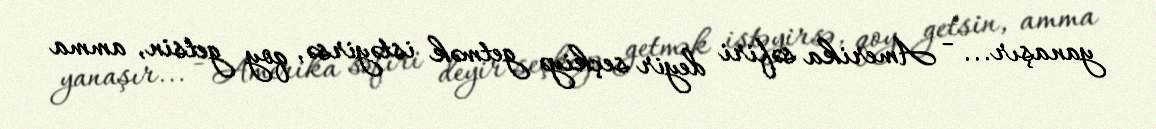
yanaşır... - Amerika səfiri deyir seçkiyə getmək istəyirsə, qoy getsin, amma